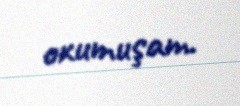
oxumuşam.